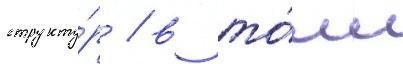
структу́р / в то́м